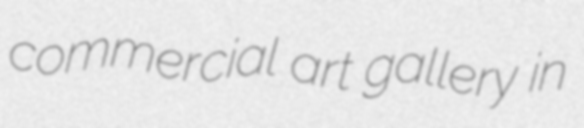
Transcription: commercial art gallery in